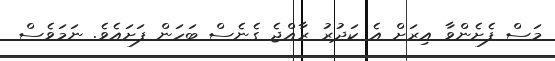
މަސް ފެށެންވާ އިރަށް އެ ކަދުރު ރާއްޖެ ގެނެސް ބަހަން ފަށައެވެ. ނަމަވެސް